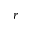
\boldsymbol { r }